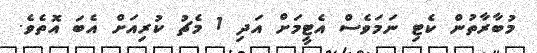
މުބާރާތުން ކެޓި ނަމަވެސް އެޓީމަށް އަދި 1 މެޗު ކުރިއަށް އެބަ އޮތެވެ.